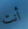
أنت